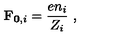
\mathbf { F } _ { \mathbf { 0 } , i } = \frac { e n _ { i } } { Z _ { i } } \ ,